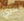
حري